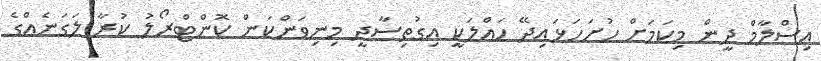
އިސްލާމް ދީން މިކަމަށް ހުށަހަޅައިދޭ ހައްލަކީ އިގުތިސާދީ މިނިވަންކަން ކޮންޓްރޯލު ކުރާ ލަގަނެއްގެ